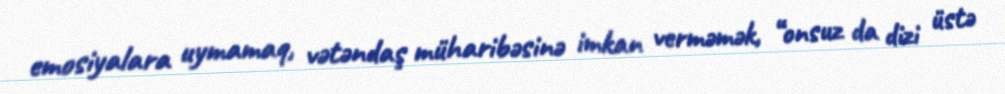
emosiyalara uymamaq, vətəndaş müharibəsinə imkan verməmək, “onsuz da dizi üstə